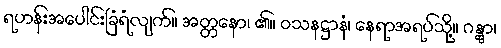
ရဟန်းအပေါင်းခြံရံလျက်။ အတ္တနော၊ ၏။ ဝသနဋ္ဌာနံ၊ နေရာအရပ်သို့။ ဂန္တွာ၊